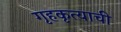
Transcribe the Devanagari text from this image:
गृहकृत्याची